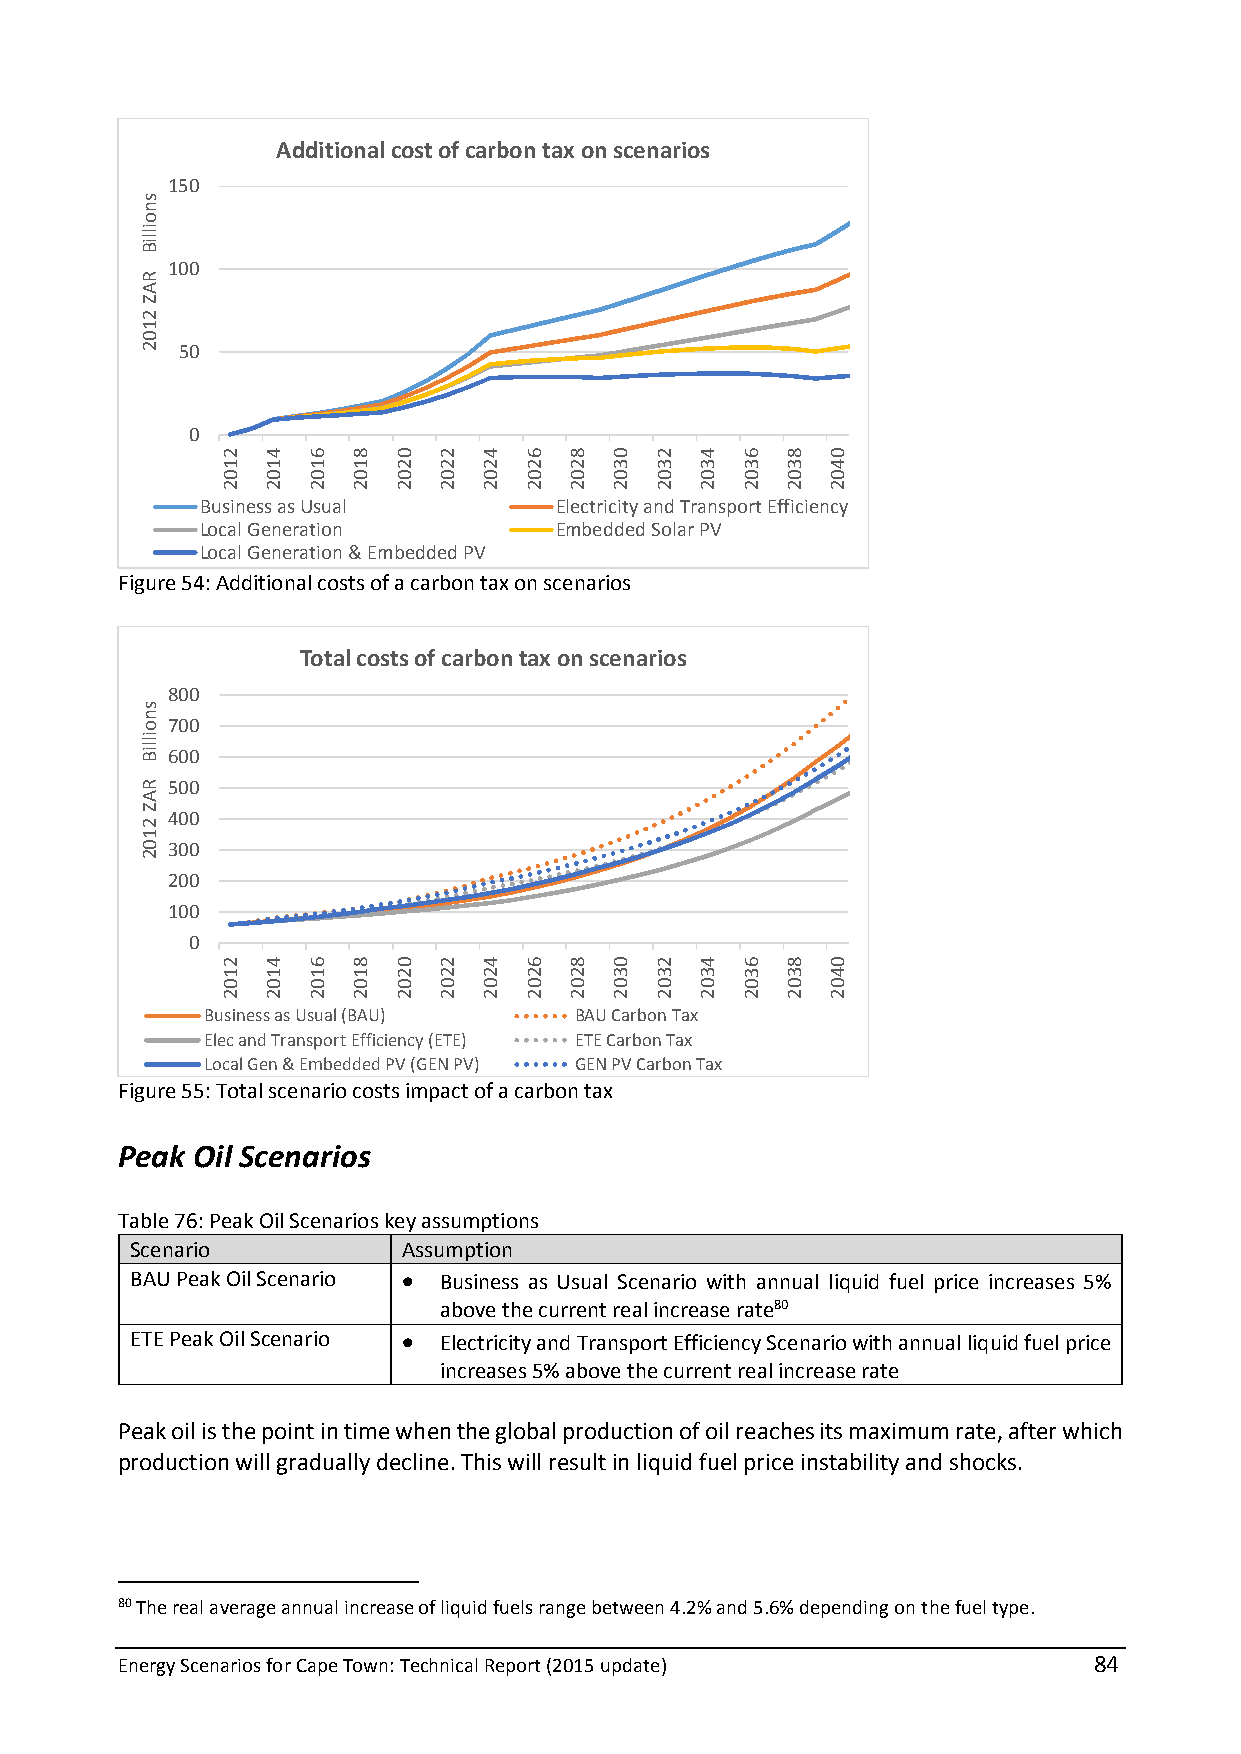
Additional cost of carbon tax on scenarios
 150
 100
 50
 0
 Business as Usual       Electricity and Transport Efficiency
 Local Generation        Embedded Solar PV
 Local Generation & Embedded PV
 Figure 54: Additional costs of a carbon tax on scenarios
 Total costs of carbon tax on scenarios
 800
 700
 600
 500
 400
 300
 200
 100
 0
 Business as Usual (BAU) BAU Carbon Tax
 Elec and Transport Efficiency (ETE) ETE Carbon Tax
 Local Gen & Embedded PV (GEN PV) GEN PV Carbon Tax
 Figure 55: Total scenario costs impact of a carbon tax
 Peak Oil Scenarios
 Table 76: Peak Oil Scenarios key assumptions
 Scenario          Assumption
 BAU Peak Oil Scenario  Business as Usual Scenario with annual liquid fuel price increases 5%
 above the current real increase rate80
 ETE Peak Oil Scenario  Electricity and Transport Efficiency Scenario with annual liquid fuel price
 increases 5% above the current real increase rate
 Peak oil is the point in time when the global production of oil reaches its maximum rate, after which
 production will gradually decline. This will result in liquid fuel price instability and shocks.
 80 The real average annual increase of liquid fuels range between 4.2% and 5.6% depending on the fuel type.
 Energy Scenarios for Cape Town: Technical Report (2015 update)  84
 snoilliB
 RAZ
 2102
 snoilliB
 RAZ
 2102
 2102
 2102
 4102
 4102
 6102
 6102
 8102
 8102
 0202
 0202
 2202
 2202
 4202
 4202
 6202
 6202
 8202
 8202
 0302
 0302
 2302
 2302
 4302
 4302
 6302
 6302
 8302
 8302
 0402
 0402